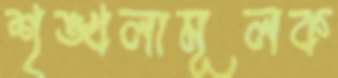
শৃঙ্খলামূলক